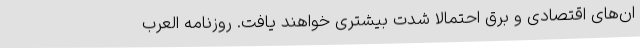
ان‌های اقتصادی و برق احتمالا شدت بیشتری خواهند یافت. روزنامه العرب